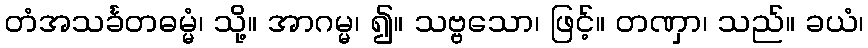
တံအသင်္ခတဓမ္မံ၊ သို့။ အာဂမ္မ၊ ၍။ သဗ္ဗသော၊ ဖြင့်။ တဏှာ၊ သည်။ ခယံ၊